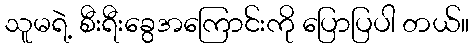
သူမရဲ့ စီးရီးခွေအကြောင်းကို ပြောပြပါ တယ်။